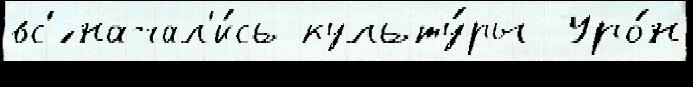
вс'́ начал'и́сь культу́ры Уро́н